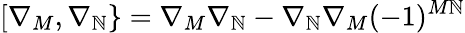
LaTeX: [\nabla_{M},\nabla_{\mathbb{N}}\} =\nabla_{M}\nabla_{\mathbb{N}}-\nabla_{\mathbb{N}}\nabla_{M}(-1)^{M\mathbb{N}}